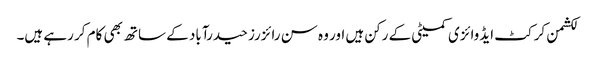
لکشمن کرکٹ ایڈوائزی کمیٹی کے رکن ہیں اور وہ سن رائزرز حیدرآباد کے ساتھ بھی کام کر رہے ہیں۔